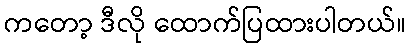
ကတော့ ဒီလို ထောက်ပြထားပါတယ်။